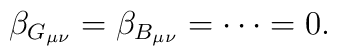
\beta_{G_{\mu\nu}}=\beta_{B_{\mu\nu}}=\cdots=0.